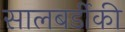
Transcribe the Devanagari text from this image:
सालबर्डीकी